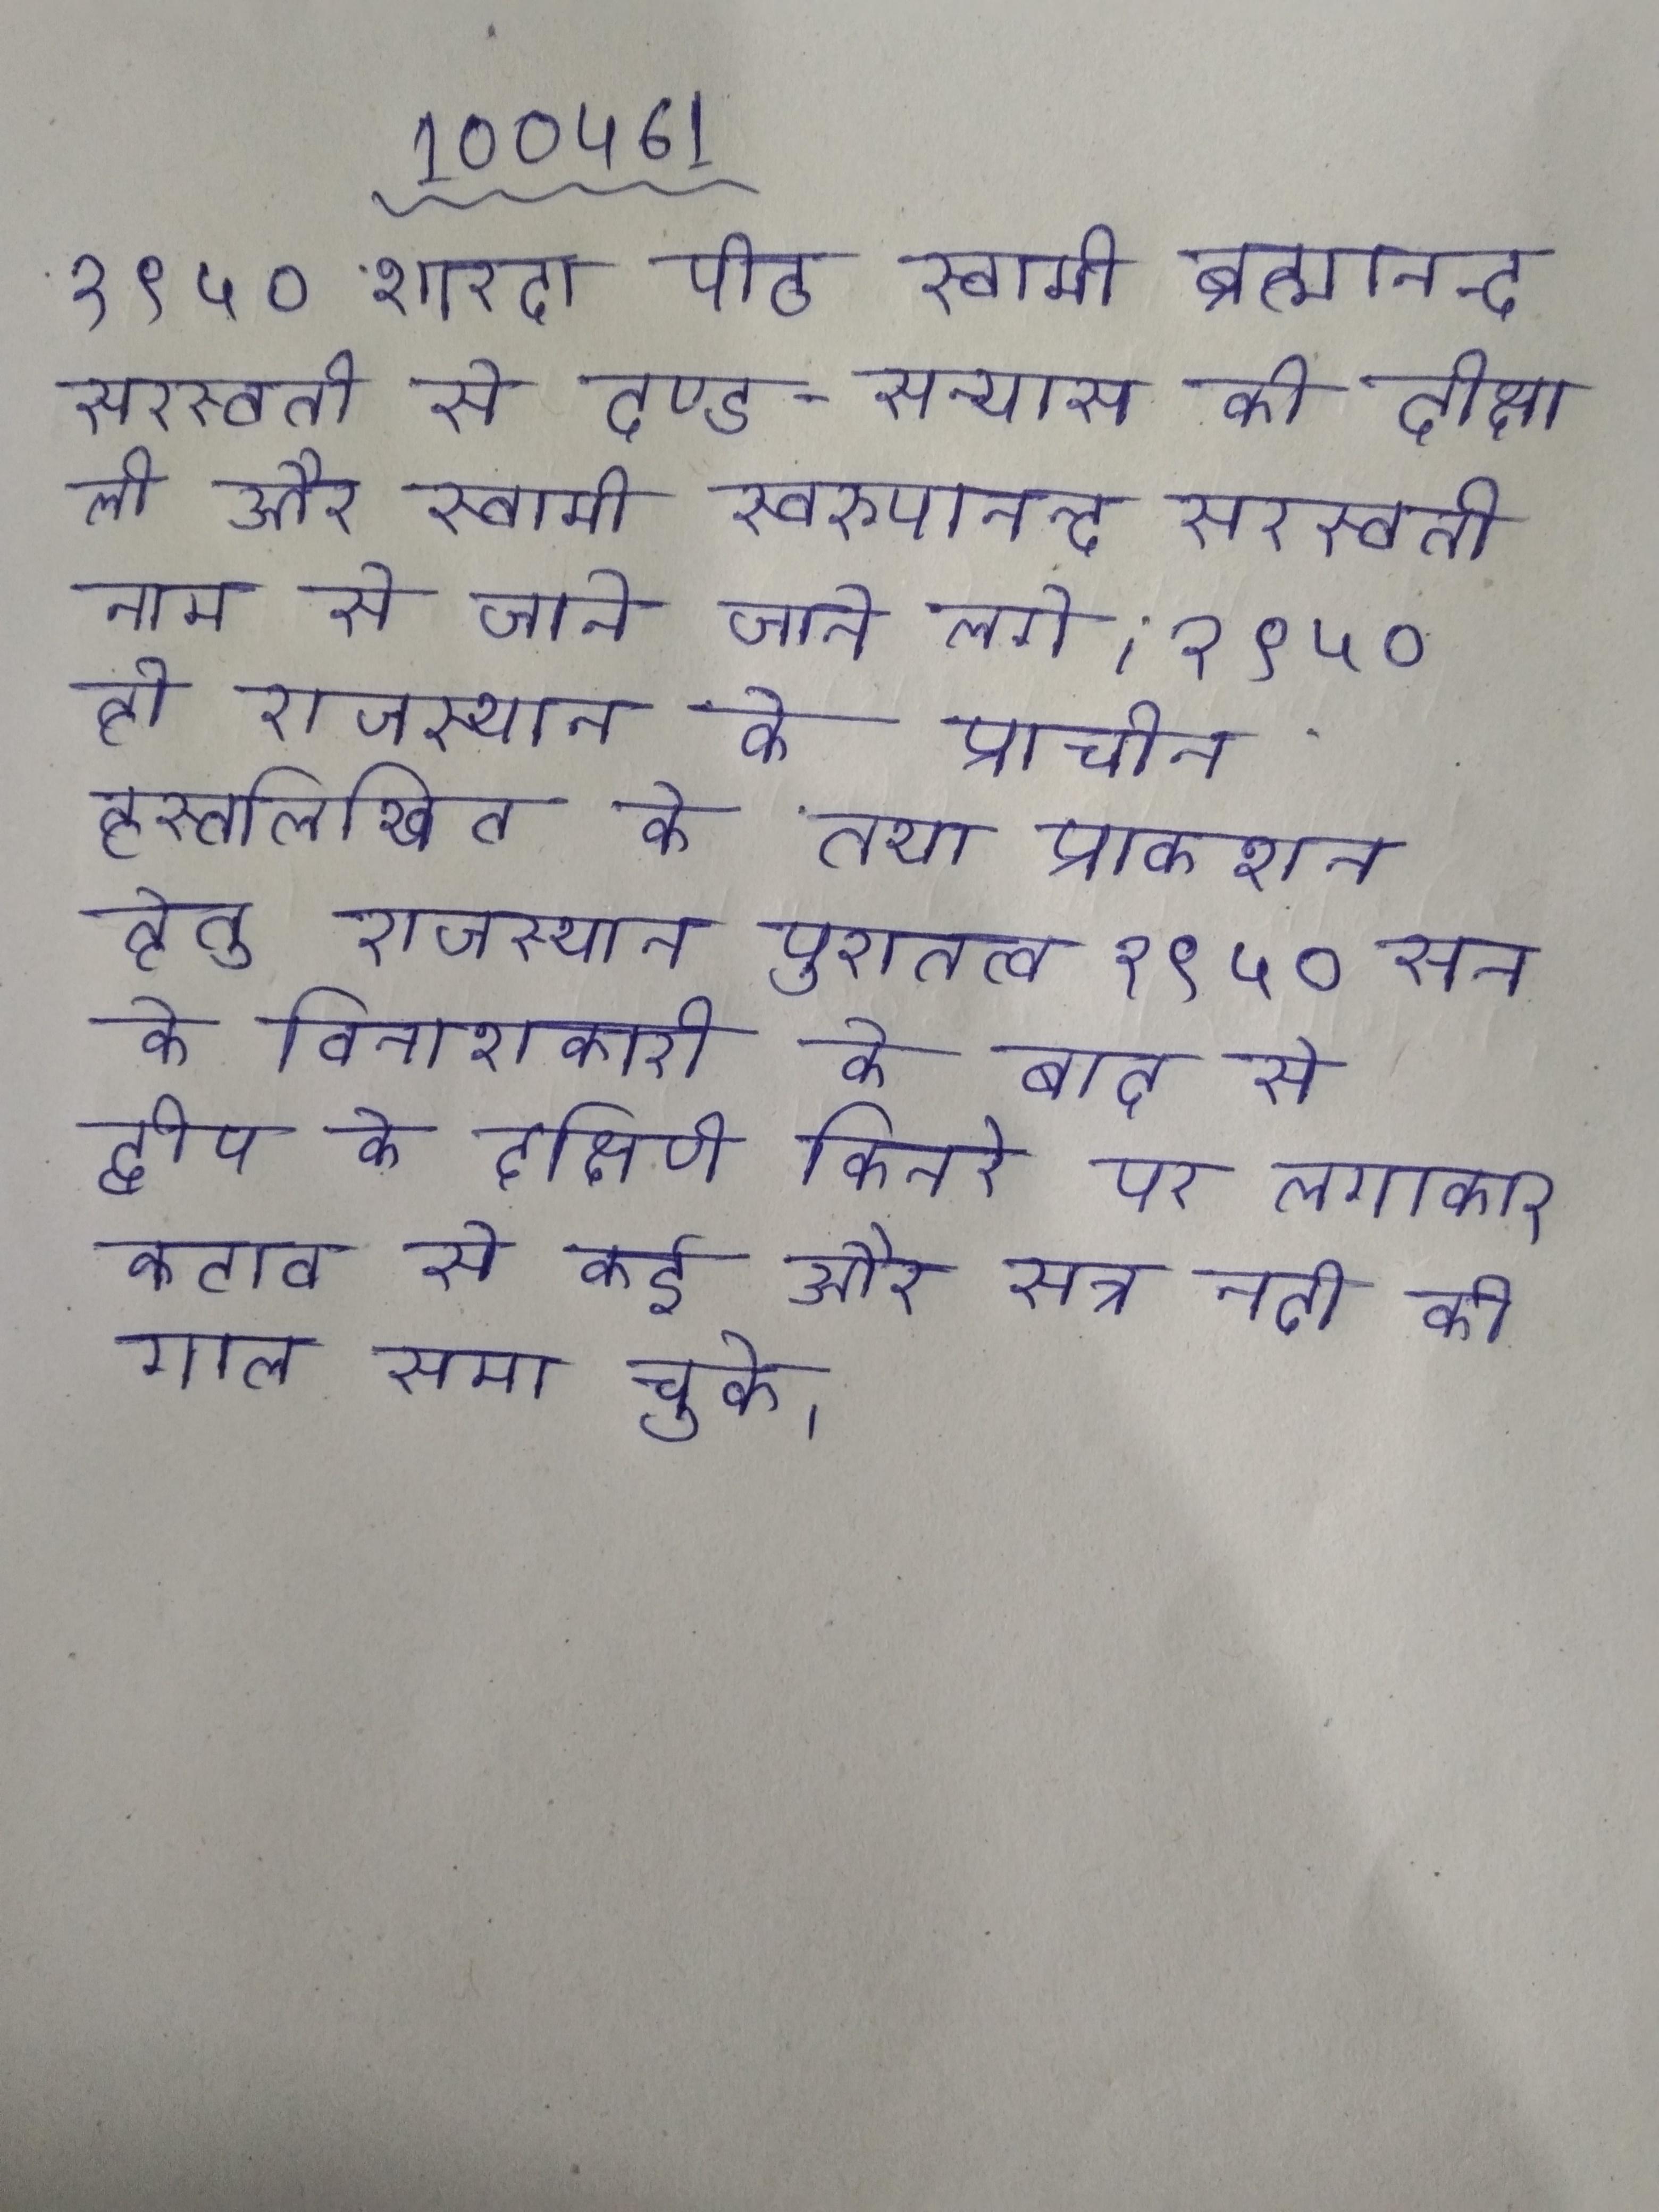
१९५० शारदा पीठ स्वामी ब्रह्मानन्द सरस्वती से दण्ड-सन्यास की दीक्षा ली और स्वामी स्वरूपानन्द सरस्वती नाम से जाने जाने लगे । १९५० ही राजस्थान के प्राचीन हस्तलिखित के तथा प्रकाशन हेतु राजस्थान पुरातत्व १९५० सन के विनाशकारी के बाद से द्वीप के दक्षिणी किनारे पर लगातार कटाव से कई और सत्र नदी की गाल समा चुके ।